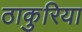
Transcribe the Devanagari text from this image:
ठाकुरिया